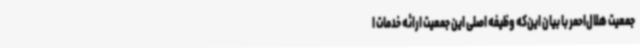
جمعیت هلال‌احمر با بیان این‌که وظیفه اصلی این جمعیت ارائه خدمات ا